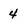
Character: 4